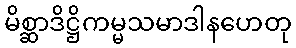
မိစ္ဆာဒိဋ္ဌိကမ္မသမာဒါနဟေတု